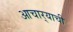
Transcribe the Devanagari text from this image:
आचार्‍याची